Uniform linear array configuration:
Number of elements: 32
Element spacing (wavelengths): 1
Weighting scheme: binomial
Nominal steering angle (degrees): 30
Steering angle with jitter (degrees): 29.238
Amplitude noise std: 0.05
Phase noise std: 0.05

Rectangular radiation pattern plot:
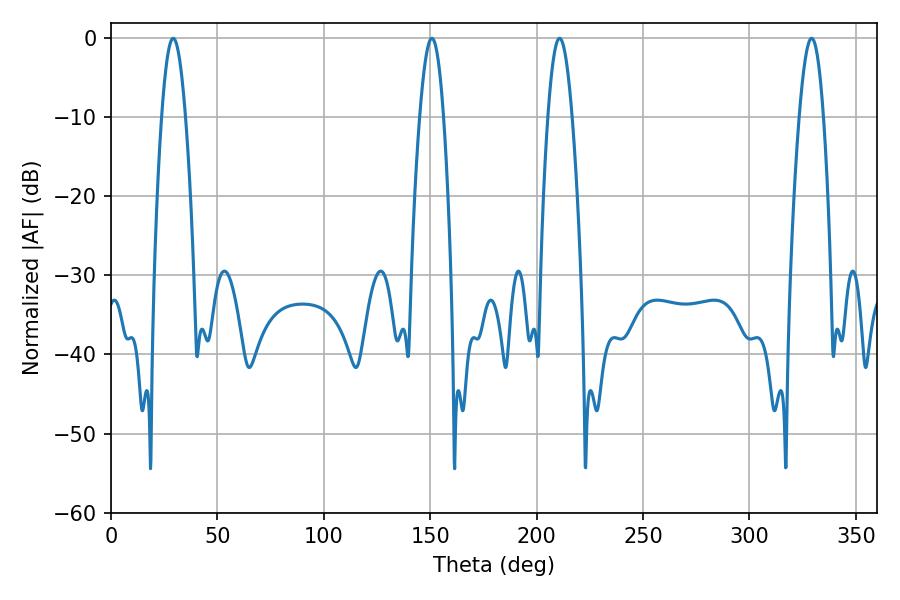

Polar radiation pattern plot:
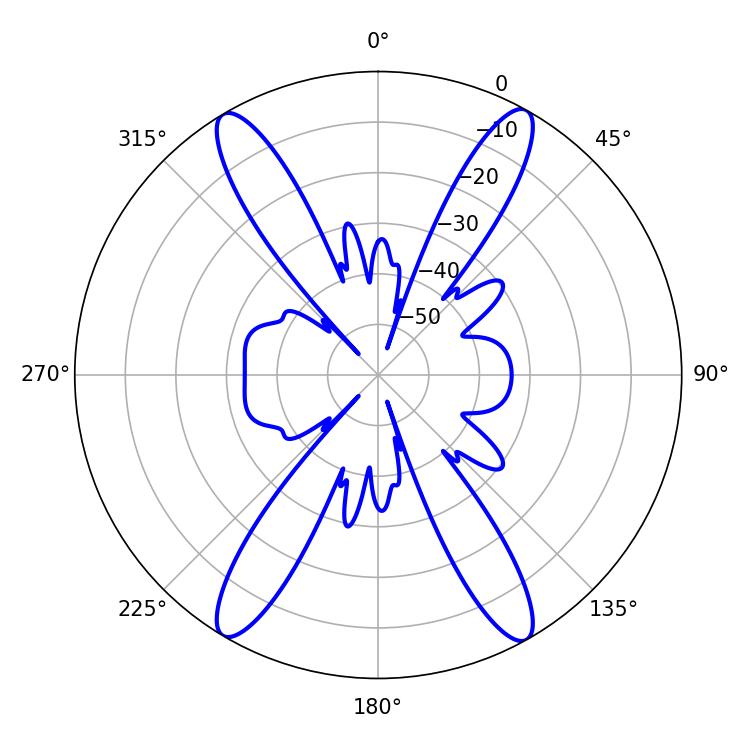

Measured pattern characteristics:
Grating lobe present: TRUE
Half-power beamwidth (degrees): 6.12
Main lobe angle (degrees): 329.22